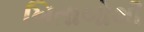
ખિતાબોથી